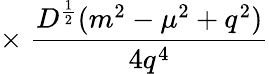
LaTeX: \times\; \frac{D^{\frac{1}{2}}(m^{2}-\mu^{2}+q^{2})}{4q^{4}}